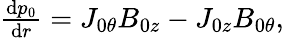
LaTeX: \begin{array}{r}{\frac{\textrm{d}p_{0}}{\textrm{d}r}=J_{0\theta}B_{0z}-J_{0z}B_{0\theta},}\end{array}